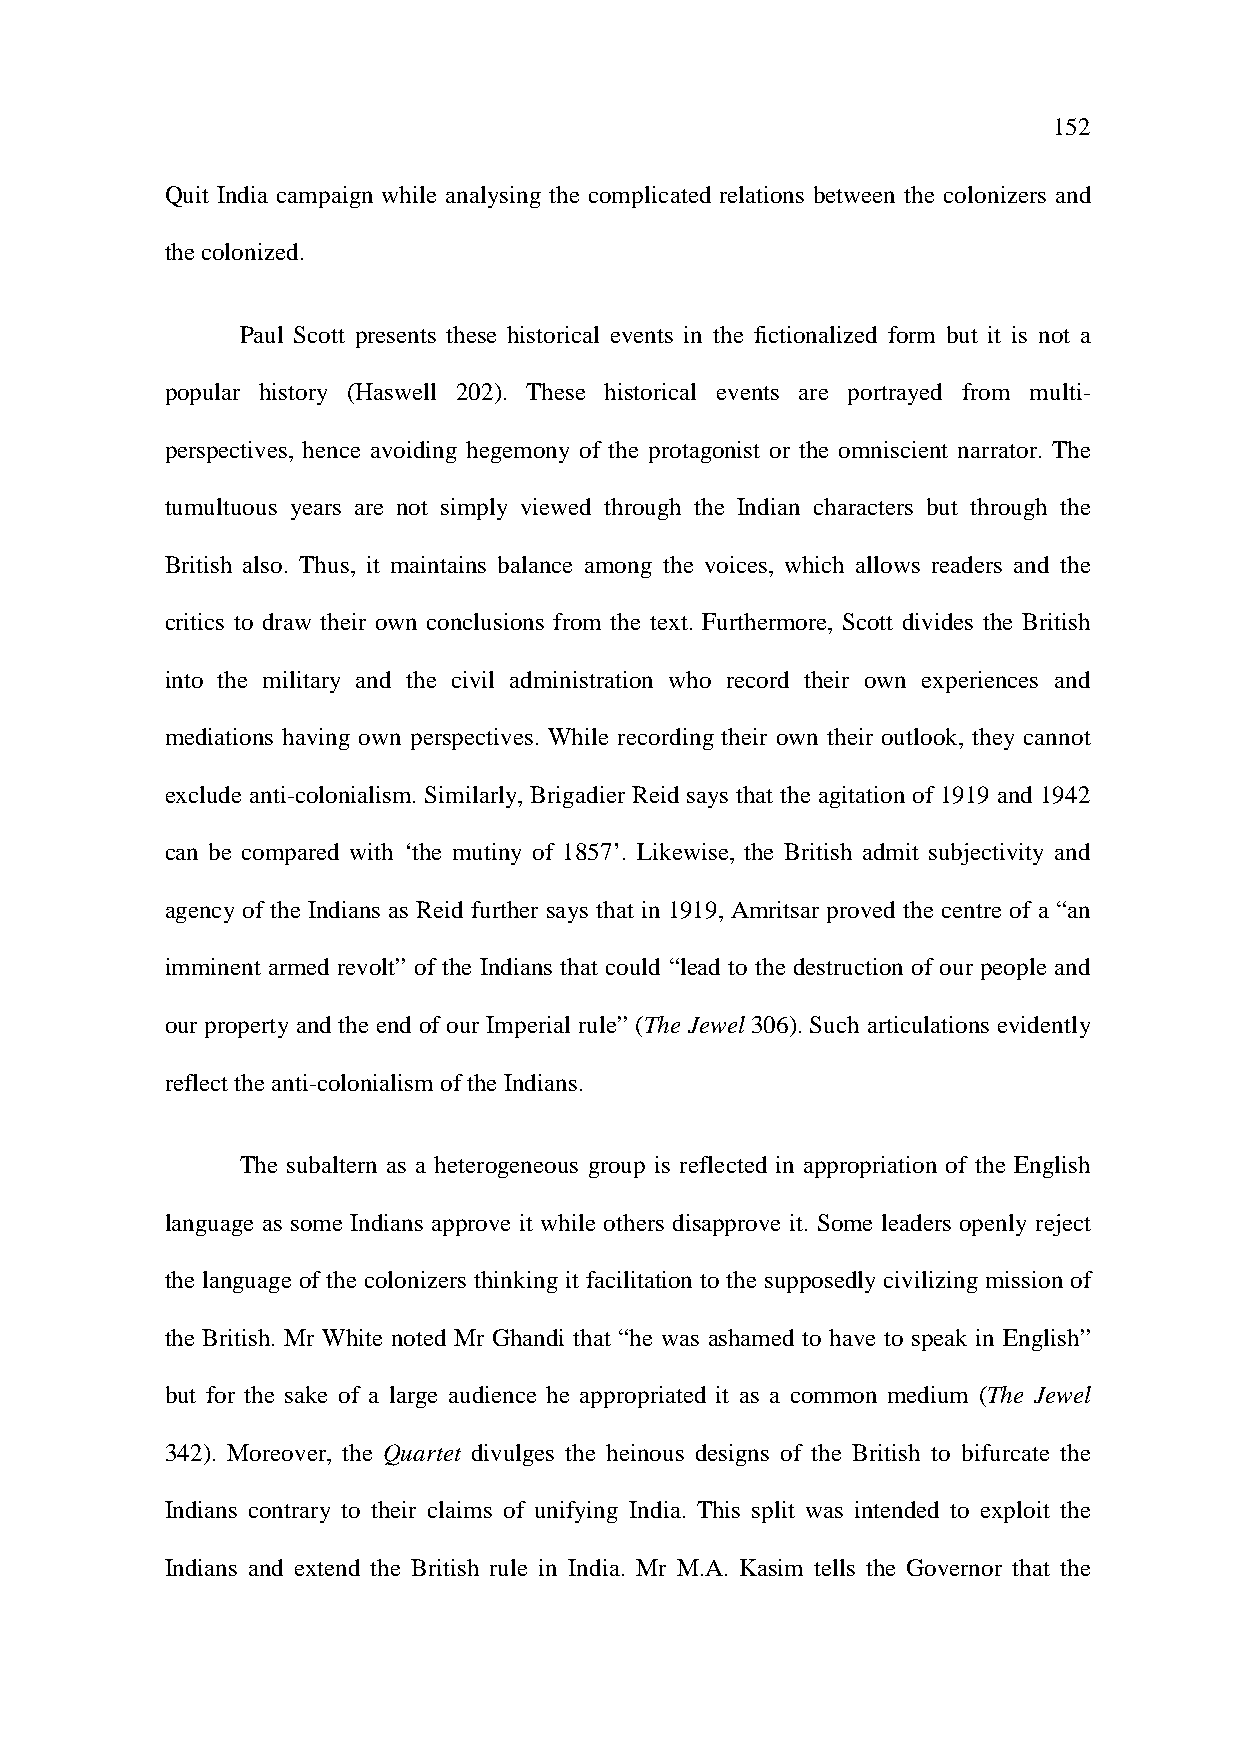
152
 Quit India campaign while analysing the complicated relations between the colonizers and
 the colonized.
 Paul Scott presents these historical events in the fictionalized form but it is not a
 popular history (Haswell 202). These historical events are portrayed from multi-
 perspectives, hence avoiding hegemony of the protagonist or the omniscient narrator. The
 tumultuous years are not simply viewed through the Indian characters but through the
 British also. Thus, it maintains balance among the voices, which allows readers and the
 critics to draw their own conclusions from the text. Furthermore, Scott divides the British
 into the military and the civil administration who record their own experiences and
 mediations having own perspectives. While recording their own their outlook, they cannot
 exclude anti-colonialism. Similarly, Brigadier Reid says that the agitation of 1919 and 1942
 can be compared with ‘the mutiny of 1857’. Likewise, the British admit subjectivity and
 agency of the Indians as Reid further says that in 1919, Amritsar proved the centre of a “an
 imminent armed revolt” of the Indians that could “lead to the destruction of our people and
 our property and the end of our Imperial rule” (The Jewel 306). Such articulations evidently
 reflect the anti-colonialism of the Indians.
 The subaltern as a heterogeneous group is reflected in appropriation of the English
 language as some Indians approve it while others disapprove it. Some leaders openly reject
 the language of the colonizers thinking it facilitation to the supposedly civilizing mission of
 the British. Mr White noted Mr Ghandi that “he was ashamed to have to speak in English”
 but for the sake of a large audience he appropriated it as a common medium (The Jewel
 342). Moreover, the Quartet divulges the heinous designs of the British to bifurcate the
 Indians contrary to their claims of unifying India. This split was intended to exploit the
 Indians and extend the British rule in India. Mr M.A. Kasim tells the Governor that the